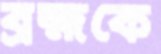
ব্রহ্মকে